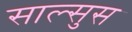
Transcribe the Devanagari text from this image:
साल्सुस